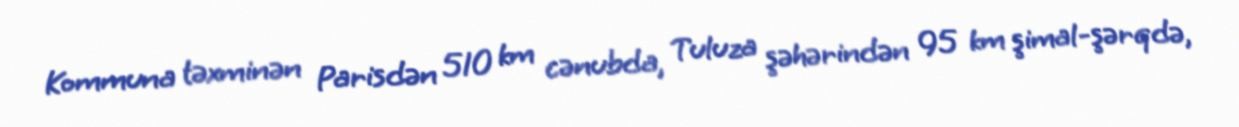
Kommuna təxminən Parisdən 510 km cənubda, Tuluza şəhərindən 95 km şimal-şərqdə,